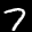
Label: 7